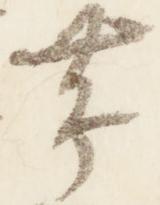
帯